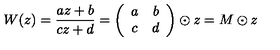
W ( z ) = \frac { a z + b } { c z + d } = \left( \begin{array} { c c } { a } & { b } \\ { c } & { d } \\ \end{array} \right) \odot z = M \odot z